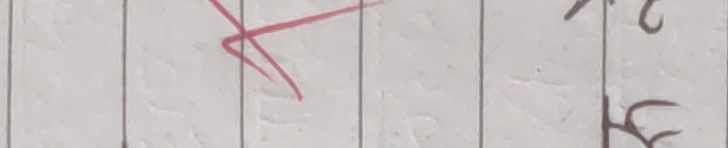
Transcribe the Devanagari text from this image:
२ फ्र